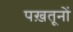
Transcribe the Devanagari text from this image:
पख़तूनों